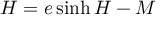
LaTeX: H = e \sinh H - M